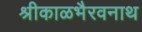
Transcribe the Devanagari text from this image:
श्रीकाळभैरवनाथ